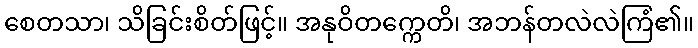
စေတသာ၊ သိခြင်းစိတ်ဖြင့်။ အနုဝိတက္ကေတိ၊ အဘန်တလဲလဲကြံ၏။